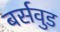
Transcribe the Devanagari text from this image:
बर्सवुड